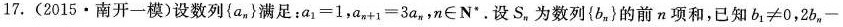
17. (2015·南开一模)设数列{a_{ n }}满足：$$a _ { 1 } = 1$$，$$a_{ n + 1 } = 3 a_{ n }$$，n∈N*。设S，为数列{ bx }的前n项和，已知$$b_{ 1 } ≠ 0$$，$$2b_{ n } -